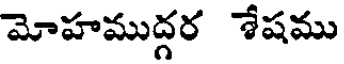
మోహముద్గర శేషము